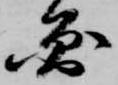
円